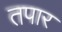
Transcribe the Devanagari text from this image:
तपार